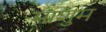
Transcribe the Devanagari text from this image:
माशुम